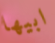
ابيها